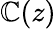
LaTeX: \mathbb{C}(z)